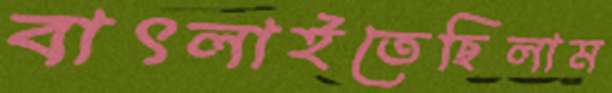
বাৎলাইতেছিলাম